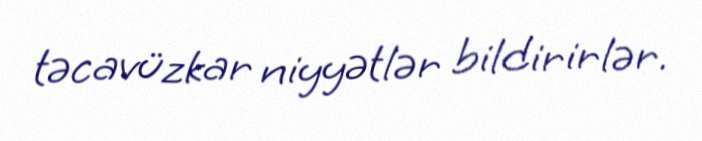
təcavüzkar niyyətlər bildirirlər.